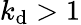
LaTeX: k_{\mathrm{d}}>1